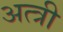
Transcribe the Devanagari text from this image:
अत्त्री